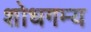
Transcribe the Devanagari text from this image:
शोधगम्‍य